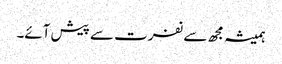
ہمیشہ مجھ سے نفرت سے پیش آئے۔